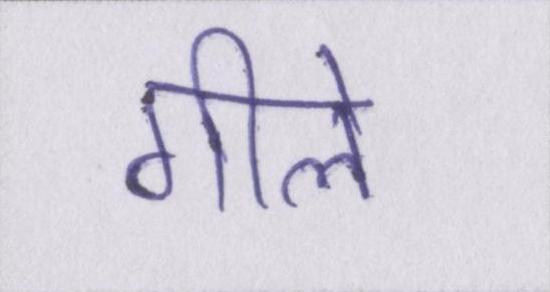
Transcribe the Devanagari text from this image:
गीले